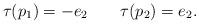
LaTeX: \begin{align*} \tau(p_1)=-e_2 \ \ \ \ \ \ \tau(p_2)=e_2. \end{align*}